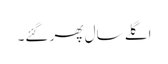
اگلے سال پھر گئے۔